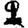
Digit: 2